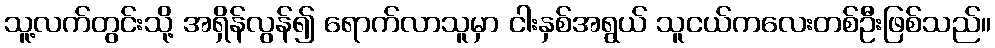
သူ့လက်တွင်းသို့ အရှိန်လွန်၍ ရောက်လာသူမှာ ငါးနှစ်အရွယ် သူငယ်ကလေးတစ်ဦးဖြစ်သည်။